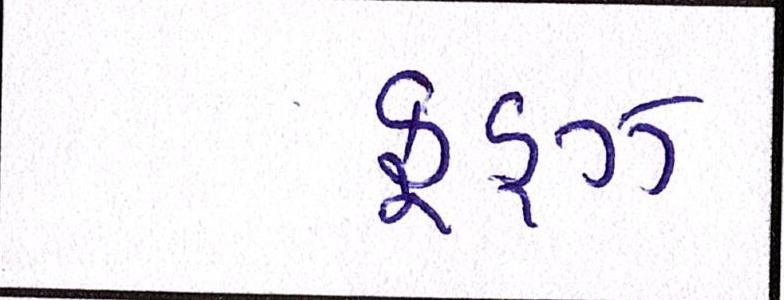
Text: ફૂડ્ઝ